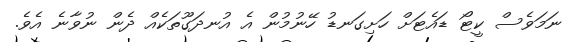
ނަމަވެސް ކީޓޯ ޑައެޓަށް ހަށިގަނޑު ހޭނުމުން އެ އުނދަގޫތަކެއް ދެން ނުވާނެ އެވެ.